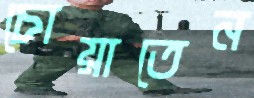
চোয়াতেন